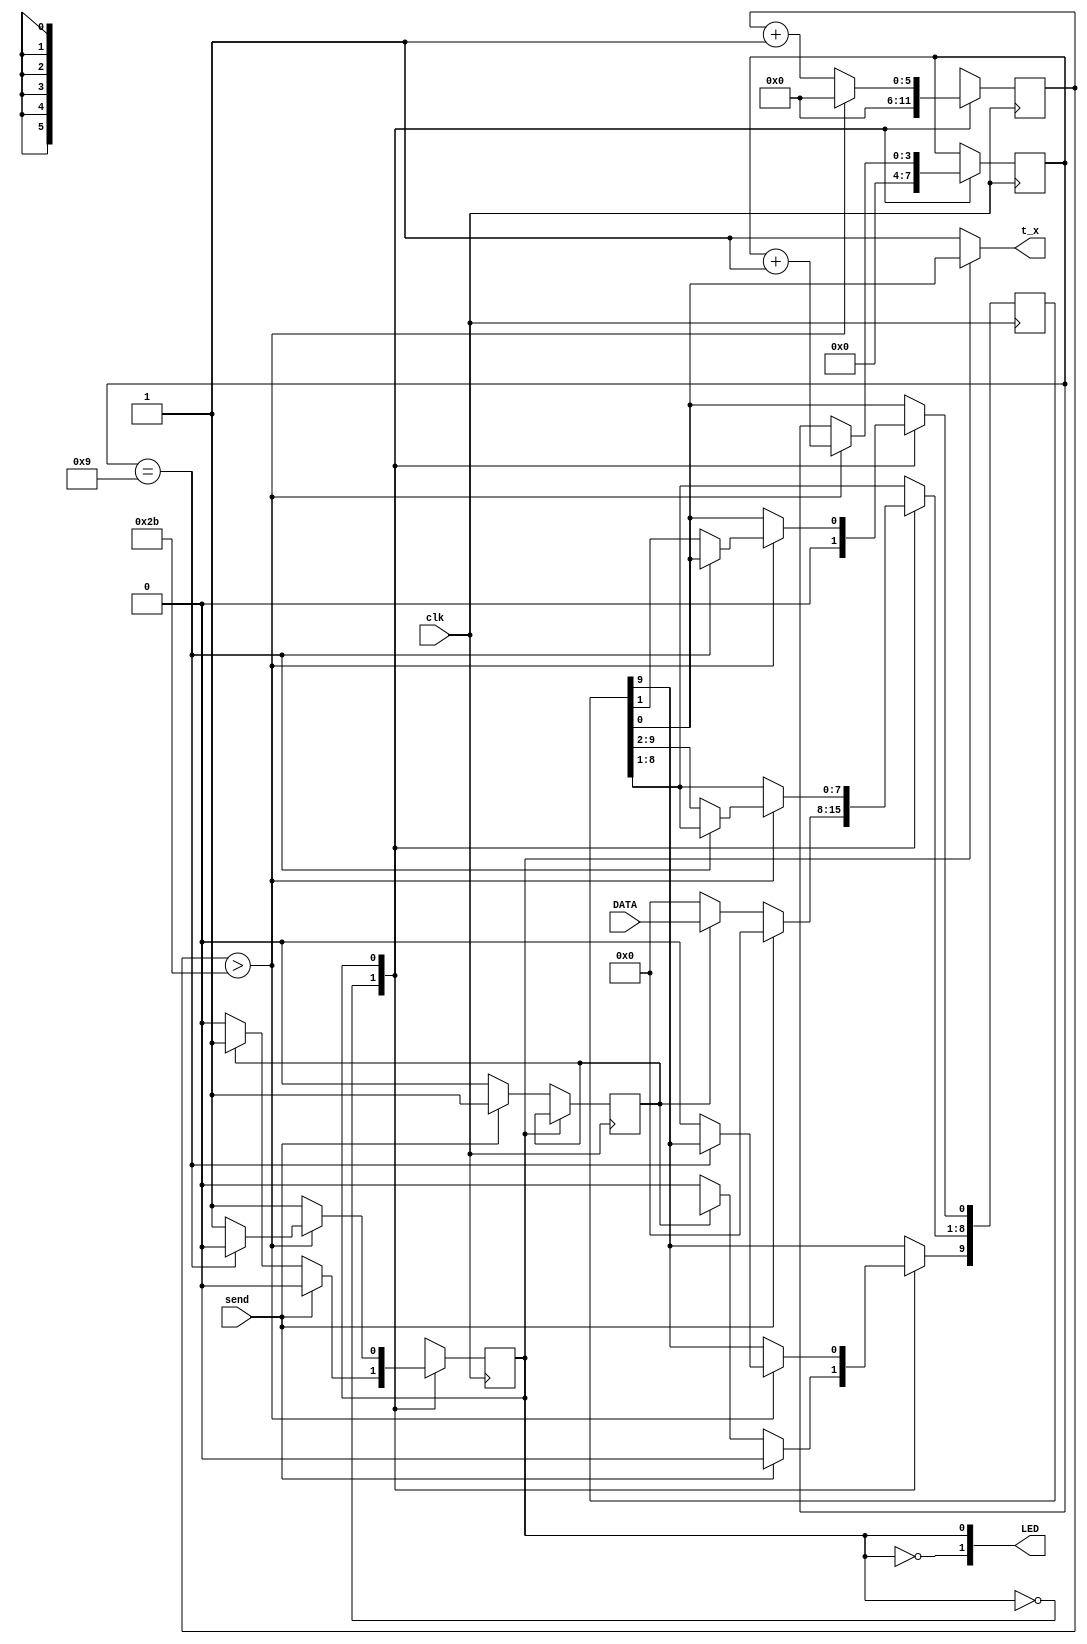
  
  module  TX #(parameter BAUD_RATE = 115200,PARITY = 0,DATA_LEN = 8)
  
                       ( input wire [DATA_LEN-1:0] DATA,
                           input send,clk,
					            output wire t_x,
									output [1:0] LED); 
																	
		      parameter RESET = 1'b0;
				parameter T  = 1'b1;
				parameter integer Delay = (5000000/BAUD_RATE); // (Delay*2) is the time in which we will wait, to read next 
				parameter  Bits  = $clog2(Delay); // data after a read operation. 
				parameter P_0 = 1'b0, P_1 = 1'b1;
				
				reg [3:0] cnt;
				reg [Bits-1:0] timer;
            reg state;
				reg T_send;
            reg [DATA_LEN + 1:0] message;
		
            wire E_P,O_P;       		
				assign LED = {!state,state};
			
		      assign t_x = state ? message[0] : 1'b1;   // output TX  buffer
																	
									
				always@(posedge clk)
				begin 
				
				case(state)
				RESET :begin 
				       if(!send)
						 begin
						  
						  if(T_send) 
						  begin
						   T_send <= 1'b0;
					      state <= T; 
							timer <= 'b0;
							cnt <= 'b0;
							message[0] <= 1'b0;            // load start condition
							message[DATA_LEN:1] <= DATA;   // read message 
							case(PARITY)                   // caliculate parity bit
							0: message[DATA_LEN+1] <= E_P; // even parity
					   	1: message[DATA_LEN+1] <= O_P; // odd parity
					      2: message[DATA_LEN+1] <= P_1; // bit 0
					      3: message[DATA_LEN+1] <= P_0; // bit 1
						   endcase
						  end
						  else 
						  begin
						   T_send <= 1'b0;
						   state <= RESET; 
							timer <= 'b0;
							cnt <= 'b0;
							message <= 'b0;
					     end		
						  
						 end
						 else 
						 begin 
						   T_send <= 1'b1;
                     state <= RESET; 
							timer <= 'b0;
							cnt <= 'b0;
							message <= 1'b0;  
						  end
						end
			T   : begin 
			        if(timer > Delay)
					      if(cnt==DATA_LEN+1)
							begin 
							state <= RESET;
							timer <= 'b0;
                     cnt <= cnt + 1'b1;
							end
							else 
							begin
					      message <= {1'b0,message[DATA_LEN+1:1]}; cnt <= cnt + 1'b1; timer <= 'b0; state <= T; 
							end
					  else 
					      begin
					      state <= T; timer <= timer + 1;
					      end
					end
				
				endcase
				
				end
				
endmodule